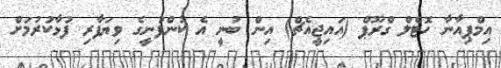
އިމްޕިއާނާ ހޮޓެލް ގްރޫޕް (އައިޖީއެޗް) އިން ބުނީ އެ ކުންފުނީގެ ވިޔަފާރި ފުޅާކުރުމަށް